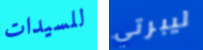
للسيدات ليبرتي